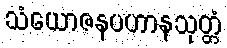
သံယောဇနပဟာနသုတ္တံ